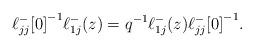
LaTeX: \begin{align*} {\ell^-_{jj}[0]}^{-1}\ell^-_{1j}(z)=q^{-1} \ell^-_{1j}(z){\ell^-_{jj}[0]}^{-1}.\end{align*}